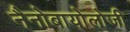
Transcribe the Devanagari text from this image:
नैनोबायोलोजी